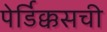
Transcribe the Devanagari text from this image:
पेर्डिक्कसची